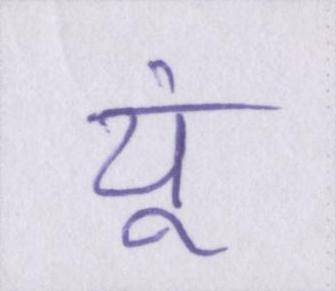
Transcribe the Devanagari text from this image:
यूं